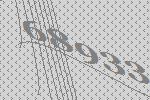
68933